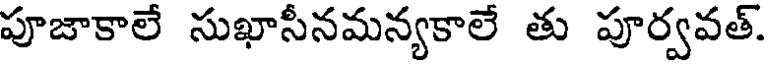
పూజాకాలే సుఖాసీనమన్యకాలే తు పూర్వవత్.